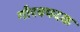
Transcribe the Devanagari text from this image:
गौरवपदक